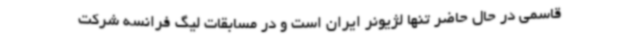
قاسمی در حال حاضر تنها لژیونر ایران است و در مسابقات لیگ فرانسه شرکت